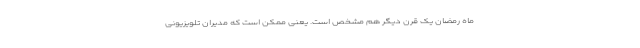
ماه رمضان یک قرن دیگر هم مشخص است. یعنی ممکن است که مدیران تلویزیونی